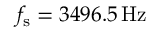
f _ { \mathrm { s } } = 3 4 9 6 . 5 \, \mathrm { { H z } }